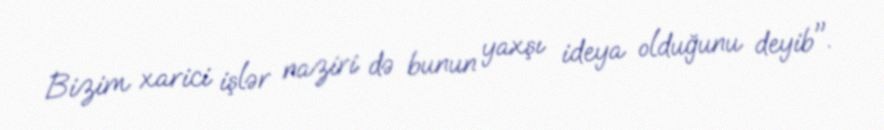
Bizim xarici işlər naziri də bunun yaxşı ideya olduğunu deyib".